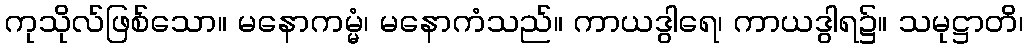
ကုသိုလ်ဖြစ်သော။ မနောကမ္မံ၊ မနောကံသည်။ ကာယဒွါရေ၊ ကာယဒွါရ၌။ သမုဋ္ဌာတိ၊